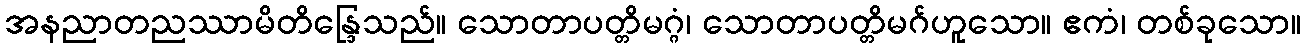
အနညာတညဿာမိတိန္ဒြေသည်။ သောတာပတ္တိမဂ္ဂံ၊ သောတာပတ္တိမဂ်ဟူသော။ ဧကံ၊ တစ်ခုသော။